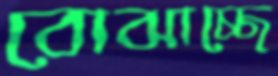
বোঝাচ্ছে